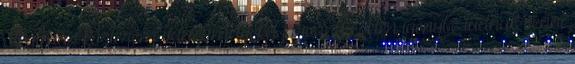
alkalmas kórterem van, amelyeket járvány esetén igénybe tudnak venni